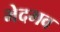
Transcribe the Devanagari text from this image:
भेदभव